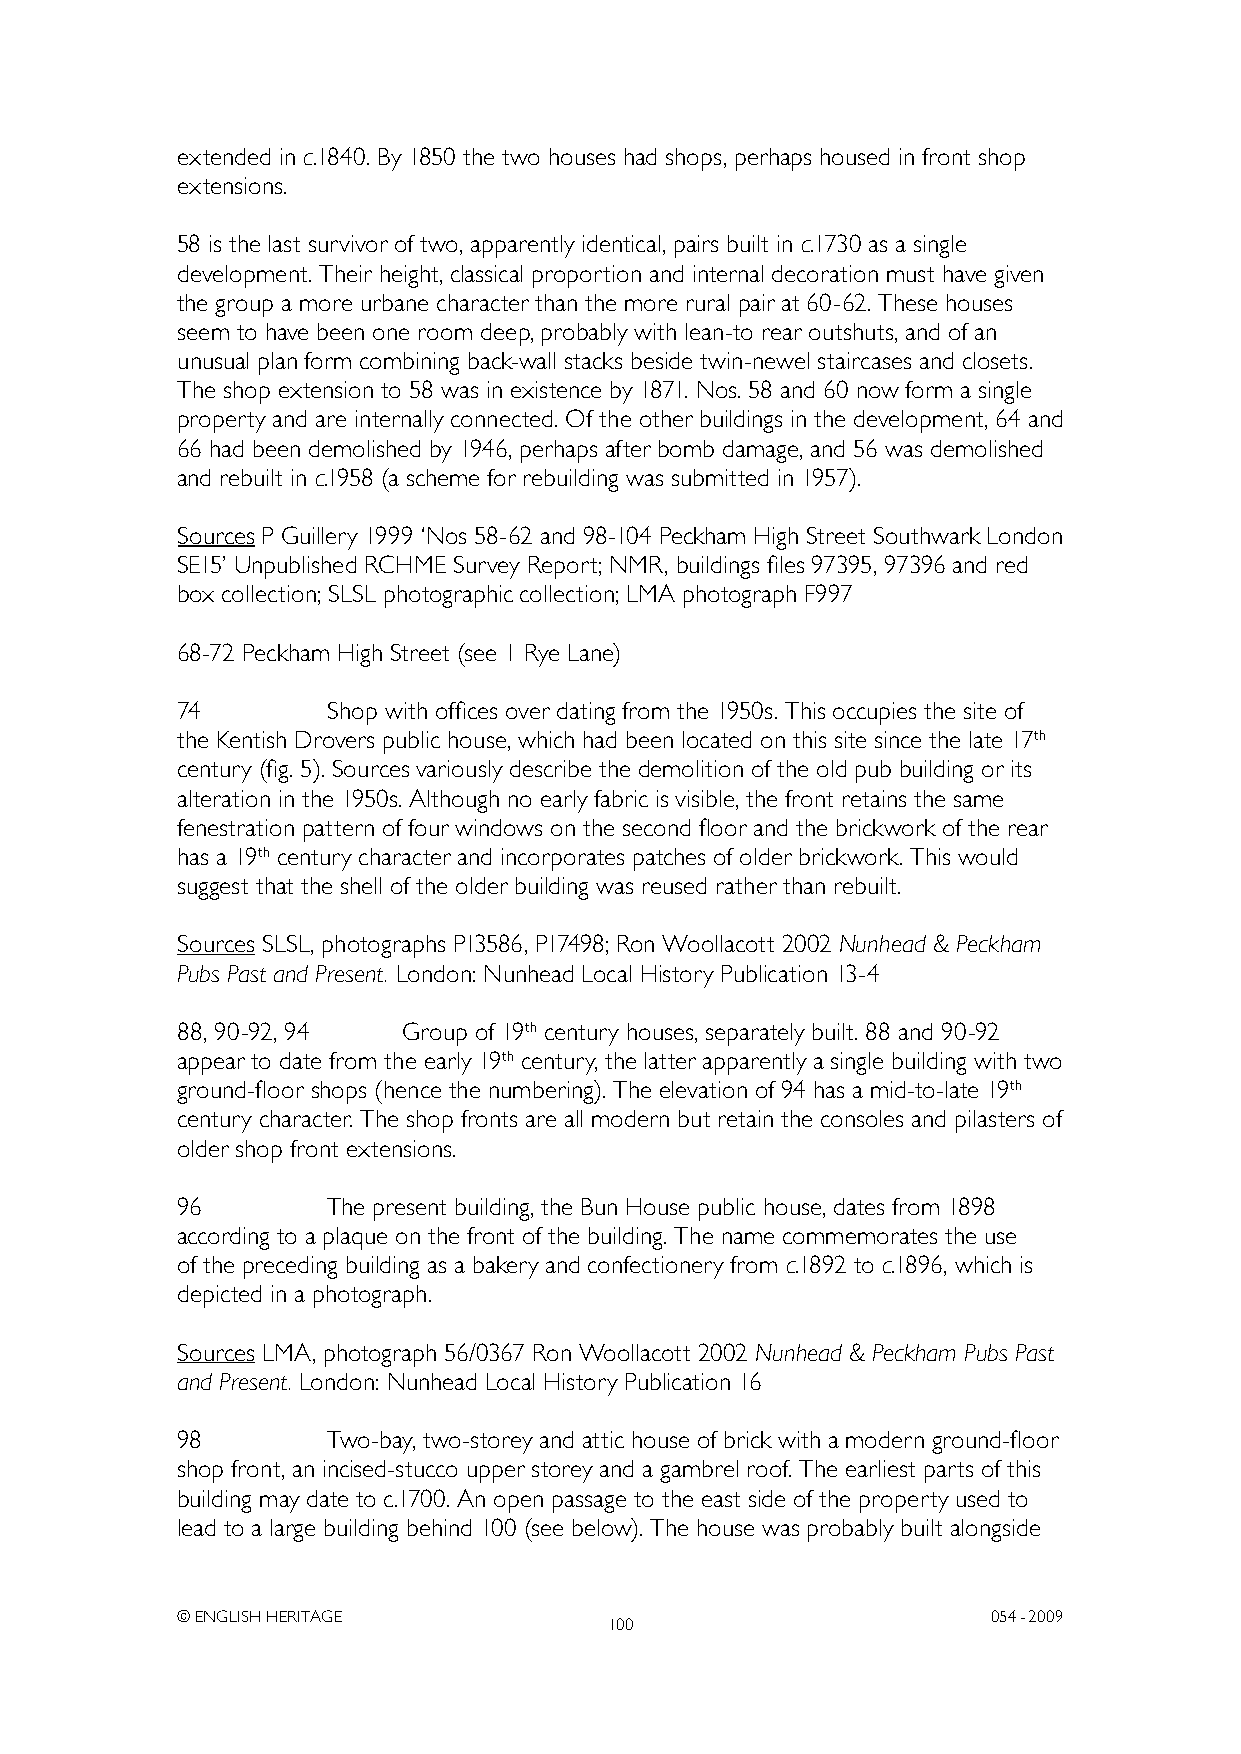
extended in c.1840. By 1850 the two houses had shops, perhaps housed in front shop
 extensions.
 58 is the last survivor of two, apparently identical, pairs built in c.1730 as a single
 development. Their height, classical proportion and internal decoration must have given
 the group a more urbane character than the more rural pair at 60-62. These houses
 seem to have been one room deep, probably with lean-to rear outshuts, and of an
 unusual plan form combining back-wall stacks beside twin-newel staircases and closets.
 The shop extension to 58 was in existence by 1871. Nos. 58 and 60 now form a single
 property and are internally connected. Of the other buildings in the development, 64 and
 66 had been demolished by 1946, perhaps after bomb damage, and 56 was demolished
 and rebuilt in c.1958 (a scheme for rebuilding was submitted in 1957).
 Sources P Guillery 1999 ‘Nos 58-62 and 98-104 Peckham High Street Southwark London
 SE15’ Unpublished RCHME Survey Report; NMR, buildings files 97395, 97396 and red
 box collection; SLSL photographic collection; LMA photograph F997
 68-72 Peckham High Street (see 1 Rye Lane)
 74        Shop with offices over dating from the 1950s. This occupies the site of
 the Kentish Drovers public house, which had been located on this site since the late 17th
 century (fig. 5). Sources variously describe the demolition of the old pub building or its
 alteration in the 1950s. Although no early fabric is visible, the front retains the same
 fenestration pattern of four windows on the second floor and the brickwork of the rear
 has a 19th century character and incorporates patches of older brickwork. This would
 suggest that the shell of the older building was reused rather than rebuilt.
 Sources SLSL, photographs P13586, P17498; Ron Woollacott 2002 Nunhead & Peckham
 Pubs Past and Present. London: Nunhead Local History Publication 13-4
 88, 90-92, 94  Group of 19th century houses, separately built. 88 and 90-92
 appear to date from the early 19th century, the latter apparently a single building with two
 ground-floor shops (hence the numbering). The elevation of 94 has a mid-to-late 19th
 century character. The shop fronts are all modern but retain the consoles and pilasters of
 older shop front extensions.
 96        The present building, the Bun House public house, dates from 1898
 according to a plaque on the front of the building. The name commemorates the use
 of the preceding building as a bakery and confectionery from c.1892 to c.1896, which is
 depicted in a photograph.
 Sources LMA, photograph 56/0367 Ron Woollacott 2002 Nunhead & Peckham Pubs Past
 and Present. London: Nunhead Local History Publication 16
 98        Two-bay, two-storey and attic house of brick with a modern ground-floor
 shop front, an incised-stucco upper storey and a gambrel roof. The earliest parts of this
 building may date to c.1700. An open passage to the east side of the property used to
 lead to a large building behind 100 (see below). The house was probably built alongside
 © ENGLISH HERITAGE                                    054- 2009
 100